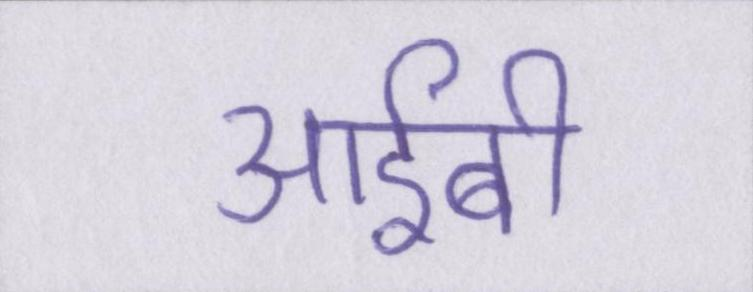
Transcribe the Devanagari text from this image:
आईबी